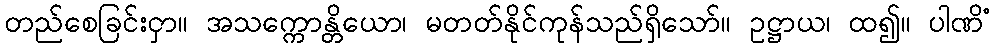
တည်စေခြင်းငှာ။ အသက္ကောန္တိယော၊ မတတ်နိုင်ကုန်သည်ရှိသော်။ ဥဋ္ဌာယ၊ ထ၍။ ပါဏိံ